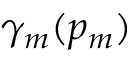
\gamma _ { m } ( p _ { m } )